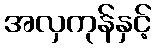
အလှကုန်နှင့်